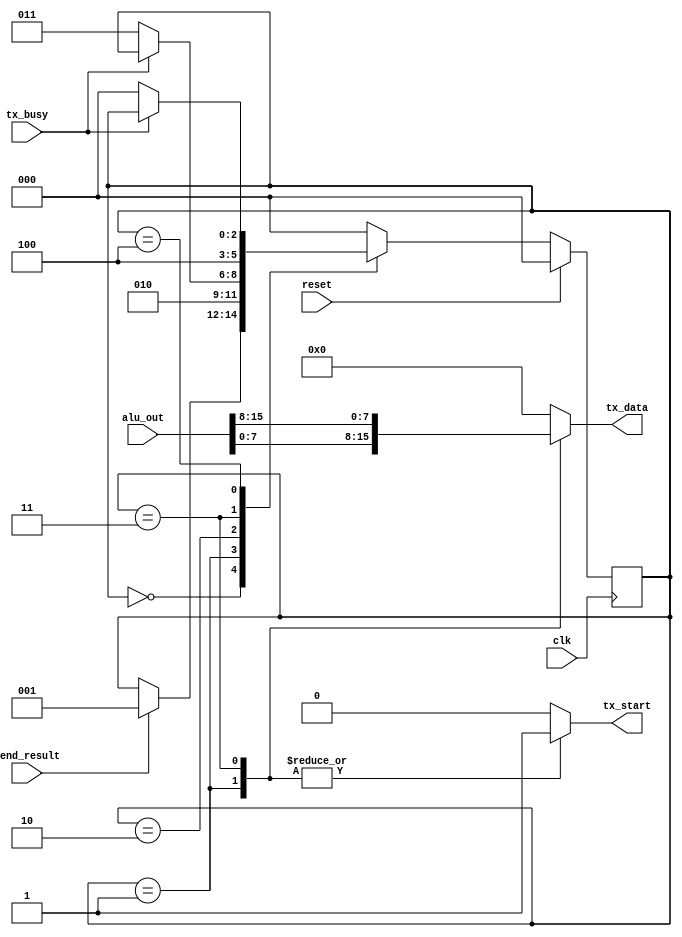
/*
 *
 */

`timescale 1ns / 1ps

module tx_controller
(
	input clk,
	input reset,

	input tx_busy,
	output reg tx_start,
	output reg [7:0] tx_data,

	input [15:0] alu_out,
	input send_result
);

	/* Machine states */
	localparam TX_IDLE     = 'b000;
	localparam TX_SEND_LSB = 'b001;
	localparam TX_WAIT_LSB = 'b010;
	localparam TX_SEND_MSB = 'b011;
	localparam TX_WAIT_MSB = 'b100;

	reg [2:0] tx_state, tx_state_next;

	always @(*) begin
		tx_state_next = tx_state;
		tx_data = 'd0;
		tx_start = 1'b0;

		case (tx_state)
		TX_IDLE:
			if (send_result)
				tx_state_next = TX_SEND_LSB;
		TX_SEND_LSB: begin
			tx_data = alu_out[7:0];
			tx_start = 1'b1;
			tx_state_next = TX_WAIT_LSB;
		end
		TX_WAIT_LSB: begin
			if (tx_busy == 1'b0)
				tx_state_next = TX_SEND_MSB;
		end
		TX_SEND_MSB: begin
			tx_data = alu_out[15:8];
			tx_start = 1'b1;
			tx_state_next = TX_WAIT_MSB;
		end
		TX_WAIT_MSB: begin
			if (tx_busy == 1'b0)
				tx_state_next = TX_IDLE;
		end
		default:
			tx_state_next = TX_IDLE;
		endcase
	end

	always @(posedge clk) begin
		if (reset) begin
			tx_state <= TX_IDLE;
		end else begin
			tx_state <= tx_state_next;
		end
	end

endmodule